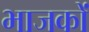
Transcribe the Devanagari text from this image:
भाजकों